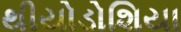
થીયોડોશિયા